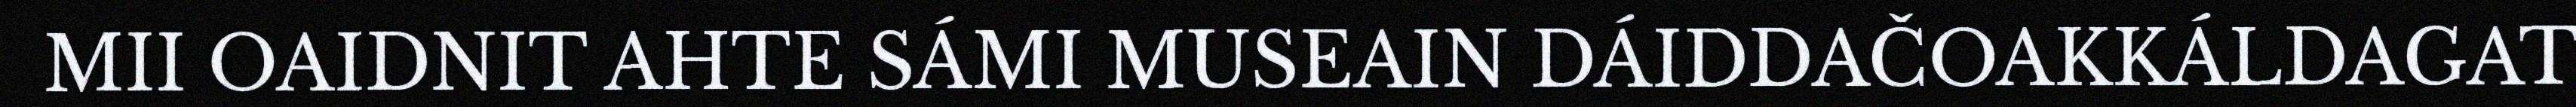
MII OAIDNIT AHTE SÁMI MUSEAIN DÁIDDAČOAKKÁLDAGAT